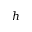
h